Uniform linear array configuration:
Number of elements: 16
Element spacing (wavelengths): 0.75
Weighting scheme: uniform
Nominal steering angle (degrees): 30
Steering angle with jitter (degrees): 30.448
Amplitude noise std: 0.05
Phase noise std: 0.05

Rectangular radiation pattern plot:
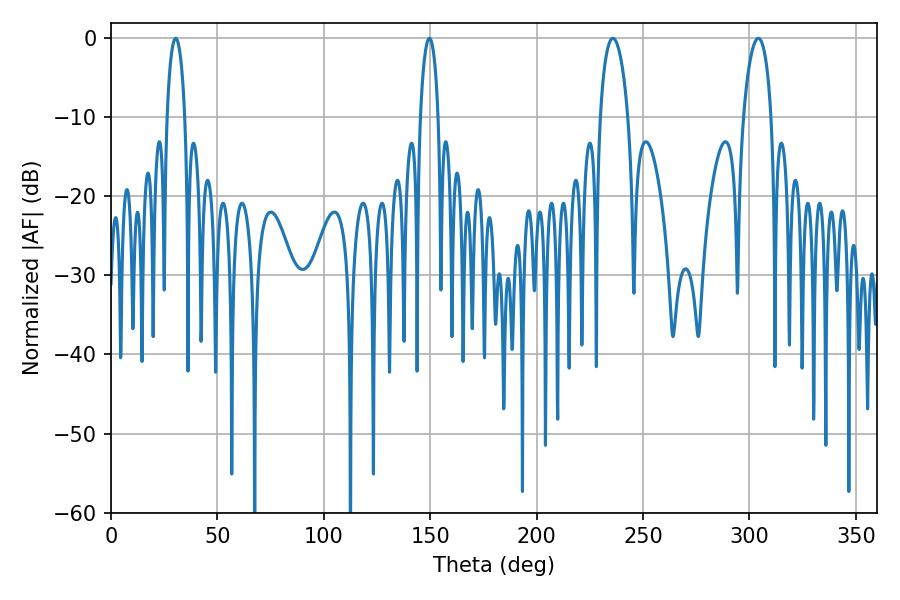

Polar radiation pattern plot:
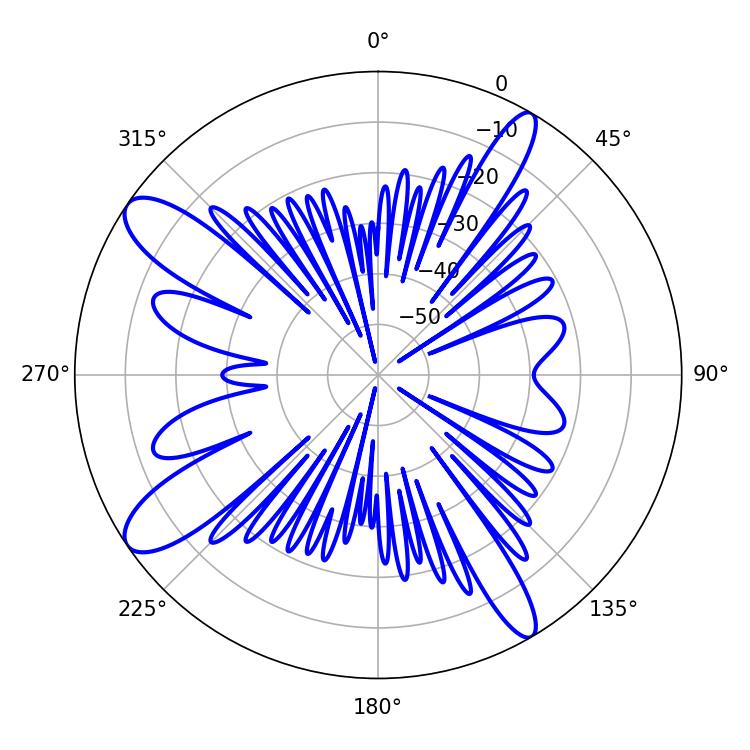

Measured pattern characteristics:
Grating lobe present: TRUE
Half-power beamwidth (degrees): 7.38
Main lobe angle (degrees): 235.8